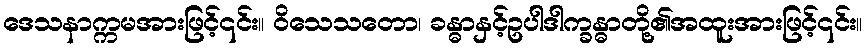
ဒေသနာက္ကမအားဖြင့်၎င်း။ ဝိသေသတော၊ ခန္ဓာနှင့်ဥပါဒါက္ခန္ဓာတို့၏အထူးအားဖြင့်၎င်း။